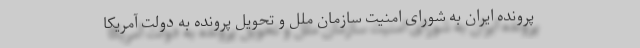
پرونده ایران به شورای امنیت سازمان ملل و تحویل پرونده به دولت آمریکا